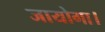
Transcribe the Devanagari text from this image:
जायोगा।